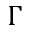
\Gamma